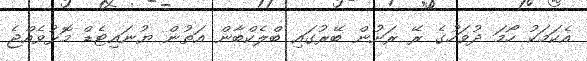
އެކަމަކު ހޯމަ ދުވަހުގެ ރޭ ރަށުން ބޭރުގައި ބްލެކްބާން އަތުން ޔުނައިޓެޑް މޮޅުވެއްޖެ